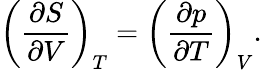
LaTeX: \left({\frac{\partial S}{\partial V}}\right)_{T}=\left({\frac{\partial p}{\partial T}}\right)_{V}.